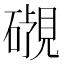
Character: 𬒜